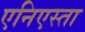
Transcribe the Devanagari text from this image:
एनिएस्ता